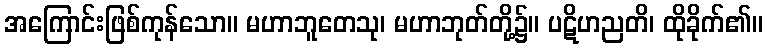
အကြောင်းဖြစ်ကုန်သော။ မဟာဘူတေသု၊ မဟာဘုတ်တို့၌။ ပဋိဟညတိ၊ ထိုခိုက်၏။